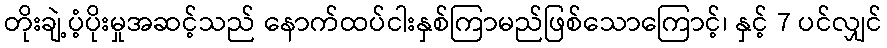
တိုးချဲ့ပံ့ပိုးမှုအဆင့်သည် နောက်ထပ်ငါးနှစ်ကြာမည်ဖြစ်သောကြောင့်၊ နှင့် 7 ပင်လျှင်